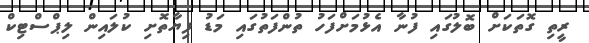
ރީތި ގޮތަކަށް ބޮލުގައި ފުނާ އެޅުމަށްފަހު ތުންފަތުގައި މަޑު ފިޔާތޮށި ކުލައިން ލިޕްސްޓިކް